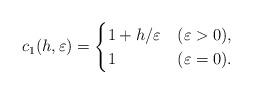
LaTeX: \begin{align*} c_1(h,\varepsilon)=\begin{cases} 1+h/\varepsilon & (\varepsilon>0),\\ 1 & (\varepsilon=0).\end{cases}\end{align*}